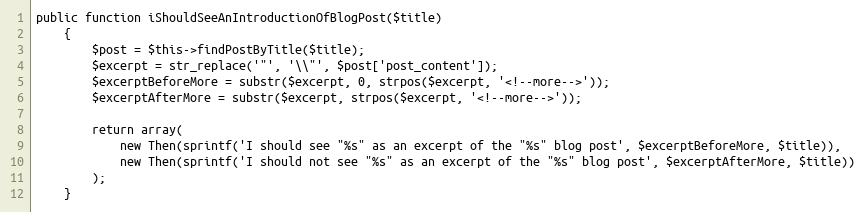
Language: PHP
public function iShouldSeeAnIntroductionOfBlogPost($title)
    {
        $post = $this->findPostByTitle($title);
        $excerpt = str_replace('"', '\\"', $post['post_content']);
        $excerptBeforeMore = substr($excerpt, 0, strpos($excerpt, '<!--more-->'));
        $excerptAfterMore = substr($excerpt, strpos($excerpt, '<!--more-->'));

        return array(
            new Then(sprintf('I should see "%s" as an excerpt of the "%s" blog post', $excerptBeforeMore, $title)),
            new Then(sprintf('I should not see "%s" as an excerpt of the "%s" blog post', $excerptAfterMore, $title))
        );
    }